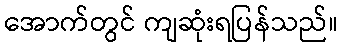
အောက်တွင် ကျဆုံးရပြန်သည်။